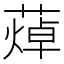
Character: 𦻐